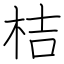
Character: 桔